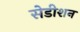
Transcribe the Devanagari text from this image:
सेडीशन